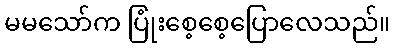
မမသော်က ပြုံးစေ့စေ့ပြောလေသည်။